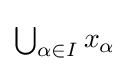
{\textstyle \bigcup _{\alpha \in I}x_{\alpha }}